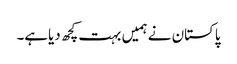
پاکستان نے ہمیں بہت کچھ دیاہے۔